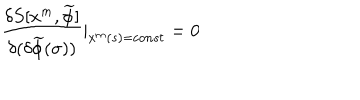
\frac { \delta S [ x ^ { m } , \widetilde { \phi } ] } { \delta ( \delta \widetilde { \phi } ( \sigma ) ) } | _ { x ^ { m } ( s ) = c o n s t } = 0